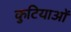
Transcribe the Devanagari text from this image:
कुटियाओं